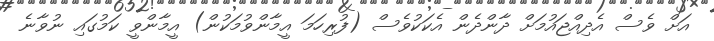
އަށް ވެސް އެދިއްޖައުމަށް ދާންދެން އެކަކުވެސް (ފުރިހަމަ އީމާންވުމަކުން) އީމާންވީ ކަމުގައި ނުވާނެ